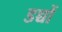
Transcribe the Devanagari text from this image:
डच्चों